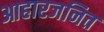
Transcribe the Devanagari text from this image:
आहारजनित